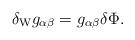
LaTeX: \begin{align*}\delta_{\rm W} g_{\alpha\beta} = g_{\alpha\beta} \delta\Phi.\end{align*}